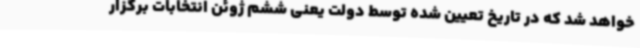
خواهد شد که در تاریخ تعیین شده توسط دولت یعنی ششم ژوئن انتخابات برگزار